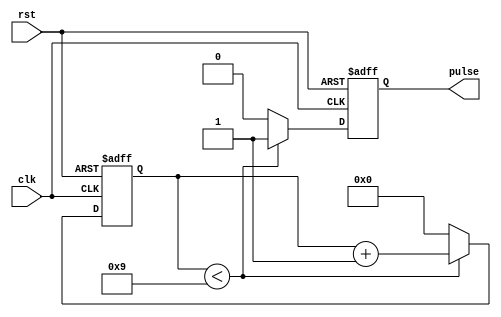
module pulse_generator(
    input wire clk,         // External clock signal
    input wire rst,         // Reset signal
    output reg pulse        // Output pulse signal
);

parameter PULSE_WIDTH = 10; // Define pulse width
parameter DUTY_CYCLE = 50;  // Define duty cycle (in percentage)
parameter FREQUENCY = 1;    // Define frequency (in Hz)

reg [31:0] counter;         // Counter to control pulse width and duty cycle

always @(posedge clk or posedge rst) begin
    if (rst) begin
        counter <= 0;
        pulse <= 0;
    end else begin
        if (counter < PULSE_WIDTH - 1) begin
            counter <= counter + 1;
            pulse <= 1;
        end else begin
            counter <= 0;
            pulse <= 0;
        end
    end
end

endmodule